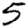
Digit: 5